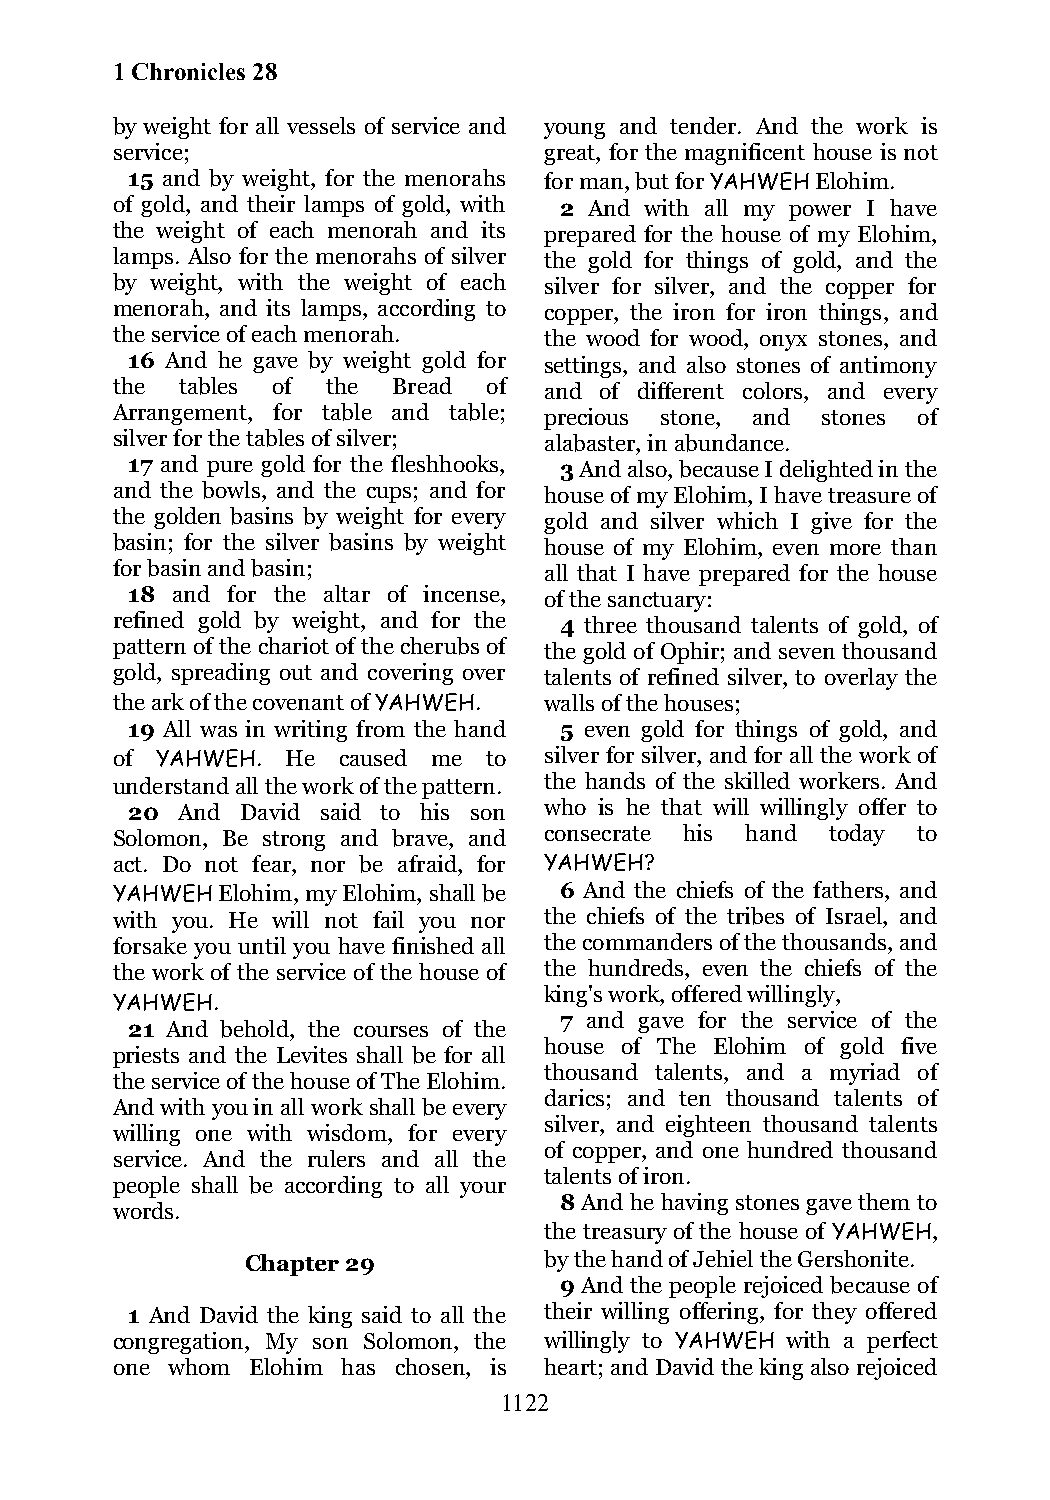
1 Chronicles 28
 by weight for all vessels of service and young and tender. And the work is
 service;                     great, for the magnificent house is not
 15 and by weight, for the menorahs for man, but for YAHWEH Elohim.
 of gold, and their lamps of gold, with 2 And with all my power I have
 the weight of each menorah and its prepared for the house of my Elohim,
 lamps. Also for the menorahs of silver the gold for things of gold, and the
 by weight, with the weight of each silver for silver, and the copper for
 menorah, and its lamps, according to copper, the iron for iron things, and
 the service of each menorah. the wood for wood, onyx stones, and
 16 And he gave by weight gold for settings, and also stones of antimony
 the  tables of the Bread of  and of different colors, and every
 Arrangement, for table and table; precious stone, and stones of
 silver for the tables of silver; alabaster, in abundance.
 17 and pure gold for the fleshhooks, 3 And also, because I delighted in the
 and the bowls, and the cups; and for house of my Elohim, I have treasure of
 the golden basins by weight for every gold and silver which I give for the
 basin; for the silver basins by weight house of my Elohim, even more than
 for basin and basin;         all that I have prepared for the house
 18 and for the altar of incense, of the sanctuary:
 refined gold by weight, and for the 4 three thousand talents of gold, of
 pattern of the chariot of the cherubs of the gold of Ophir; and seven thousand
 gold, spreading out and covering over talents of refined silver, to overlay the
 the ark of the covenant of YAHWEH. walls of the houses;
 19 All was in writing from the hand 5 even gold for things of gold, and
 of YAHWEH.  He caused me to  silver for silver, and for all the work of
 understand all the work of the pattern. the hands of the skilled workers. And
 20  And David said to his son who is he that will willingly offer to
 Solomon, Be strong and brave, and consecrate his hand today to
 act. Do not fear, nor be afraid, for YAHWEH?
 YAHWEH Elohim, my Elohim, shall be 6 And the chiefs of the fathers, and
 with you. He will not fail you nor the chiefs of the tribes of Israel, and
 forsake you until you have finished all the commanders of the thousands, and
 the work of the service of the house of the hundreds, even the chiefs of the
 king's work, offered willingly,
 YAHWEH.
 7 and gave for the service of the
 21 And behold, the courses of the
 house of The Elohim of gold five
 priests and the Levites shall be for all
 thousand talents, and a myriad of
 the service of the house of The Elohim.
 darics; and ten thousand talents of
 And with you in all work shall be every
 silver, and eighteen thousand talents
 willing one with wisdom, for every
 of copper, and one hundred thousand
 service. And the rulers and all the
 talents of iron.
 people shall be according to all your
 8 And he having stones gave them to
 words.
 the treasury of the house of YAHWEH,
 Chapter 29          by the hand of Jehiel the Gershonite.
 9 And the people rejoiced because of
 1 And David the king said to all the their willing offering, for they offered
 congregation, My son Solomon, the willingly to YAHWEH with a perfect
 one whom Elohim has chosen, is heart; and David the king also rejoiced
 1122